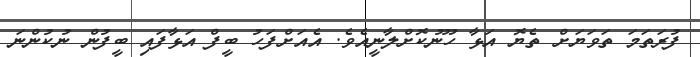
ފުރަތަމަ ތަވަޔަށް ތެޔޮ އަޅާ ހޫނުކޮށްލާނީއެވެ. އެއަށްފަހު ބީފް އަޅާފައި ބީފުން ނުކުންނަ